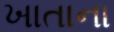
ખાતાના